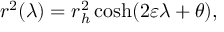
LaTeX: r ^ { 2 } ( \lambda ) = r _ { h } ^ { 2 } \cosh ( 2 \varepsilon \lambda + \theta ) ,